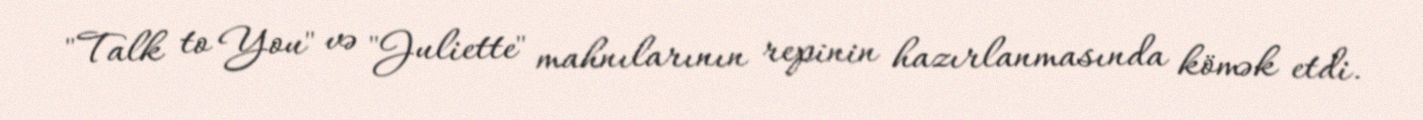
"Talk to You" və "Juliette" mahnılarının repinin hazırlanmasında kömək etdi.